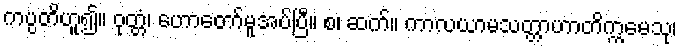
ကပ္ပတိဟူ၍။ ဝုတ္တံ၊ ဟောတော်မူအပ်ပြီ။ စ၊ ဆက်။ ကာလယာမသတ္တာဟာတိက္ကမေသု၊